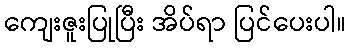
ကျေးဇူးပြုပြီး အိပ်ရာ ပြင်ပေးပါ။